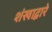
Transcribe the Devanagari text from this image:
शंखाद्वारे